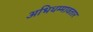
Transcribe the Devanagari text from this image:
अभिधम्मावतार